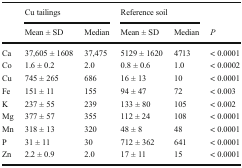
|  | <COLSPAN=2> Cu tailings | <COLSPAN=2> Reference soil |  |
 |  | Mean ± SD | Median | Mean ± SD | Median | P |
 | --- | --- | --- | --- | --- | --- |
 | Ca | 37,605 ± 1608 | 37,475 | 5129 ± 1620 | 4713 | < 0.0001 |
 | Co | 1.6 ± 0.2 | 2.0 | 0.8 ± 0.6 | 1.0 | < 0.0002 |
 | Cu | 745 ± 265 | 686 | 16 ± 13 | 10 | < 0.0001 |
 | Fe | 151 ± 11 | 155 | 94 ± 47 | 72 | < 0.003 |
 | K | 237 ± 55 | 239 | 133 ± 80 | 105 | < 0.002 |
 | Mg | 377 ± 57 | 355 | 112 ± 24 | 108 | < 0.0001 |
 | Mn | 318 ± 13 | 320 | 48 ± 8 | 48 | < 0.0001 |
 | P | 31 ± 11 | 30 | 712 ± 362 | 641 | < 0.0001 |
 | Zn | 2.2 ± 0.9 | 2.0 | 17 ± 11 | 15 | < 0.0001 |